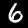
Label: 6